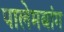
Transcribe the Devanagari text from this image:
पालेमबांग